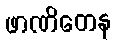
ဖာဏိတေန